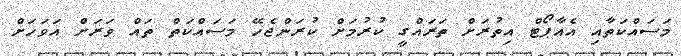
މަސައްކަތާއި އެއާޕޯޓް އިތުރަށް ތަރައްގީ ކުރުމަށް ކުރަންޖެހޭ މަސައްކަތް ތައް ވަރަށް އަވަހަށް